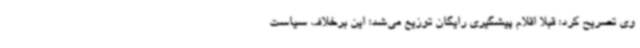
وی تصریح کرد: قبلاً اقلام پیشگیری رایگان توزیع می‌شد؛ این برخلاف سیاست